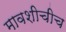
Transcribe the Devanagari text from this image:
मावशीचीच